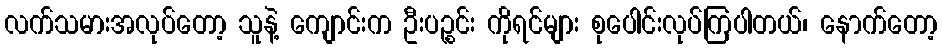
လက်သမားအလုပ်တော့ သူနဲ့ ကျောင်းက ဦးပဉ္စင်း ကိုရင်များ စုပေါင်းလုပ်ကြပါတယ်၊ နောက်တော့